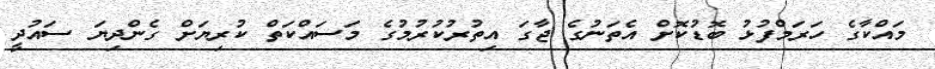
މައްކާގެ ހަރަމްފުޅު ބޮޑުކޮށް އެތަނުގެ ޖާގަ އިތުރުކުރުމުގެ މަސައްކަތް ކުރިޔަށް ގެންދިޔަ ސައުދީ